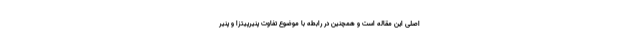
اصلی این مقاله است و همچنین در رابطه با موضوع تفاوت پنیرپیتزا و پنیر